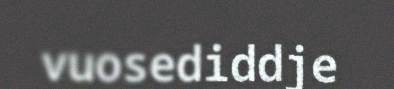
vuosediddje